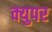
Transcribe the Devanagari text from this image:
क्युपर